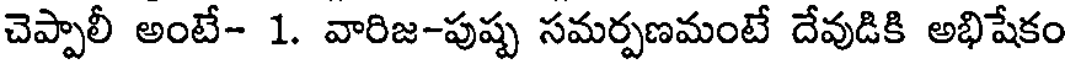
చెప్పాలీ అంటే- 1. వారిజ-పుష్ప సమర్పణమంటే దేవుడికి అభిషేకం